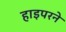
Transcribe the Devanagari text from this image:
हाइपरने